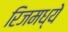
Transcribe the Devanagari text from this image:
रिजमध्ये